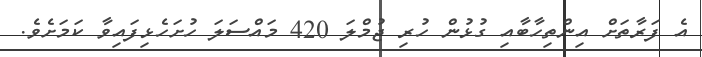
އެ ފަރާތަށް އިންތިހާބާއި ގުޅުން ހުރި ޖުމްލަ 420 މައްސަލަ ހުށަހެޅިފައިވާ ކަމަށެވެ.